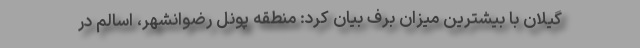
گیلان با بیشترین میزان برف بیان کرد: منطقه پونل رضوانشهر، اسالم در